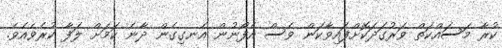
ކުރާ މަސައްކަތް ވަރުގަދަކޮށްފައިވާކަން ވެސް އެފޯނުން އެނގިގެން ދާނެ ކަމަށް ލަފާ ކުރެވެއެވެ.